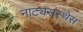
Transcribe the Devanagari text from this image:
नाट्यसंस्थेस